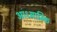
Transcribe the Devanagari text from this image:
आध्याम्कि